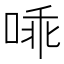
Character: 𱓅